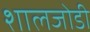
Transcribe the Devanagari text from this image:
शालजोडी